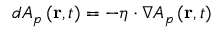
d A _ { p } \left( \mathbf { r } , t \right) = - \boldsymbol { \eta } \cdot \nabla A _ { p } \left( \mathbf { r } , t \right)